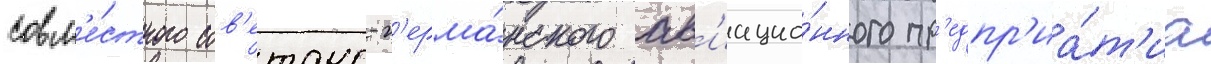
совм'е́стного сов'етско-г'ерма́нского ав'иацио́нного пр'едпр'иа́т'иа